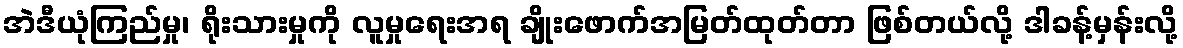
အဲဒီယုံကြည်မှု၊ ရိုးသားမှုကို လူမှုရေးအရ ချိုးဖောက်အမြတ်ထုတ်တာ ဖြစ်တယ်လို့ ဒါခန့်မှန်းလို့